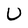
Character: U